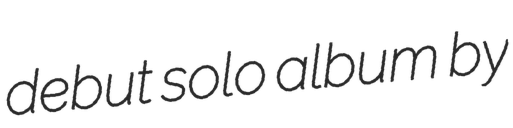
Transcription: debut solo album by